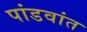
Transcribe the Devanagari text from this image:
पांडवांत